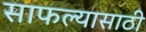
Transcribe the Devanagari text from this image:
साफल्यासाठी